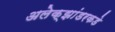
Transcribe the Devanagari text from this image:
अलेक्झांडरकडे